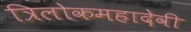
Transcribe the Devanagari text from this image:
त्रिलोकमहादेवी